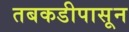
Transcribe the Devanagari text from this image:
तबकडीपासून